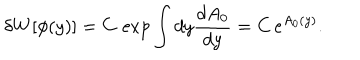
\delta W [ \phi ( y ) ] = C \, \exp \int d y \frac { d A _ { 0 } } { d y } = C \, e ^ { A _ { 0 } ( y ) } .